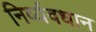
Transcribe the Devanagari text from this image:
निर्व्यवधान